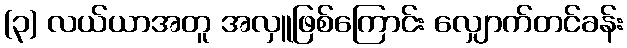
(၃) လယ်ယာအတူ အလှူဖြစ်ကြောင်း လျှောက်တင်ခန်း